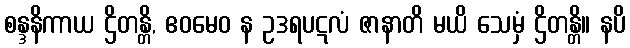
စန္ဒနိကာယ ဌိတန္တိ, ဧဝမေဝ န ဥဒရပဋလံ ဇာနာတိ မယိ သေမှံ ဌိတန္တိ။ နပိ